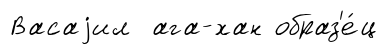
Васаjил ага-хан образ'е́ц